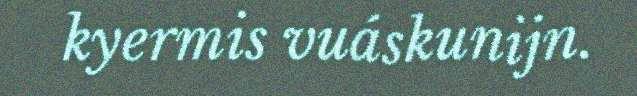
kyermis vuáskunijn.